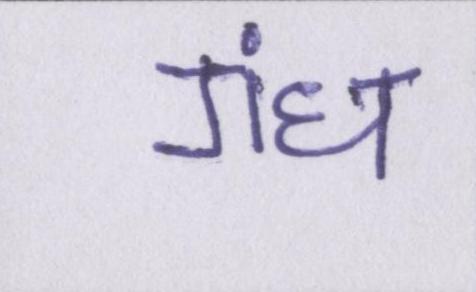
गंध